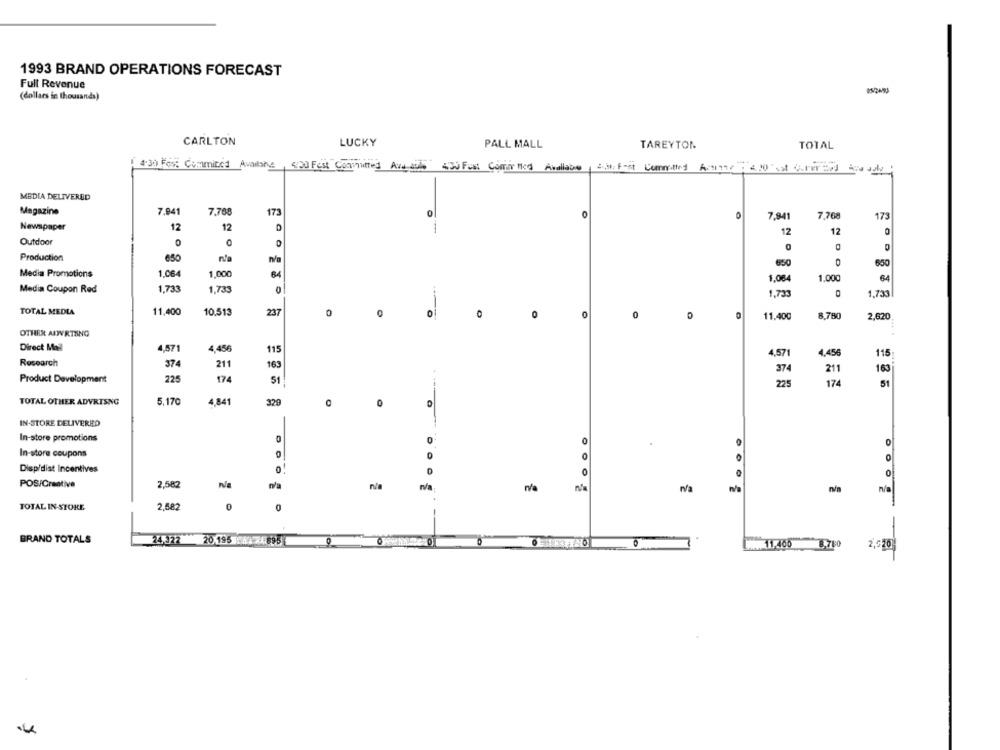
1993 BRAND OPERATIONS FORECAST
Full Revenue
(dollars in thousands)
CARLTON
LUCKY
PALL MALL
TAREYTON
TOTAL
4.30 Fest Commited Availing, 4:30 Fest Committed Ava aula 4120 Fust Coffee Med Avaliable, Sis Fest Committed Armin92 : 230 val Ourer Bod Away
MEDIA DELIVERED
Magazine
7,941
7,708
173
0
0
7,941
7,768
173
Newspaper
12
12
12
12
0
Outdoor
O
Production
650
M/
630
Media Promotions
1.064
1,000
64
1.064
1.000
Media Coupon Red
1,733
1,733
0
1,733
1,733
TOTAL MEDIA
11,400
10.513
237
0
0
0
0
0
0
11.400
8.780
2,620
OTHER AIWRTSNG
Direct Mail
4,571
4,456
115
4,571
4.456
115
Research
374
211
163
211
163
374
Product Development
225
174
51
225
174
5
TOTAL OTHER ADVRISNG
5,170
4,841
329
0
IN-STORE DELIVERED
In-store promotions
O
O
In-store coupons
0
O
Disp/dist Incentives
0
0
POS/Creative
2,582
Na
na
n/a
TOTAL IN-STORE
2,582
0
0
-
BRAND TOTALS
24.322 20 195 -87 748954
1.00 8,760
2.020